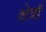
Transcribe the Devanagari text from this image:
क्षेत्रॉ